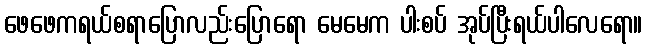
ဖေဖေကရယ်စရာပြောလည်းပြောရော မေမေက ပါးစပ် အုပ်ပြီးရယ်ပါလေရော။